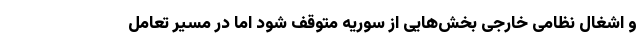
و اشغال نظامی خارجی بخش‌هایی از سوریه متوقف شود اما در مسیر تعامل